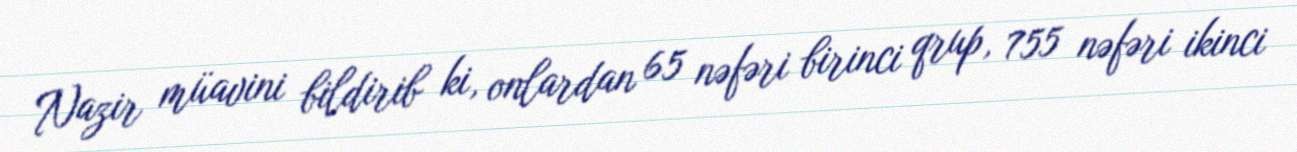
Nazir müavini bildirib ki, onlardan 65 nəfəri birinci qrup, 755 nəfəri ikinci